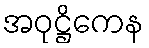
အဝုဋ္ဌိကေန